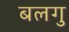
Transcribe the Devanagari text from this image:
बलगु